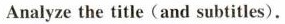
Analyze the title (and subtitles).